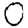
Digit: 0